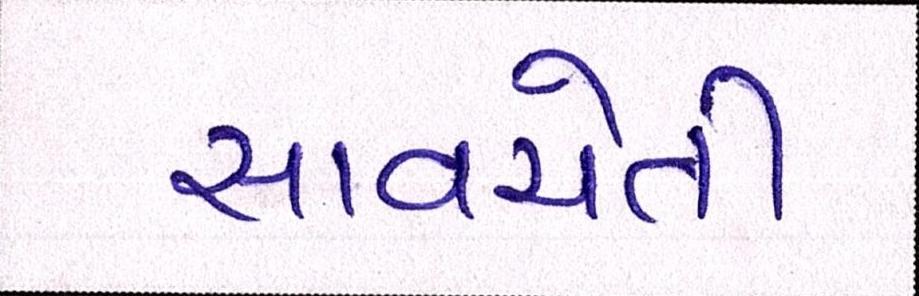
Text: સાવચેતી